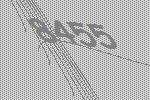
8455